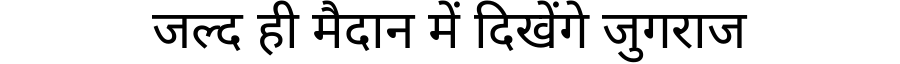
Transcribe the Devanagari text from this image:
जल्द ही मैदान में दिखेंगे जुगराज